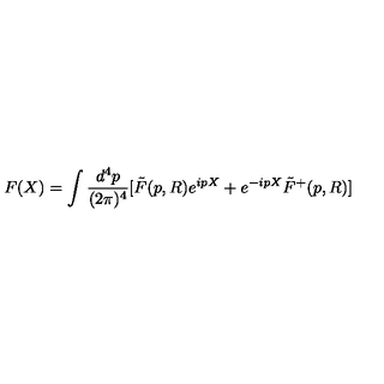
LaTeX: F ( X ) = \int \frac { d ^ { 4 } p } { ( 2 { \pi } ) ^ { 4 } } [ \tilde { F } ( p , R ) e ^ { i p X } + e ^ { - i p X } \tilde { F } ^ { + } ( p , R ) ]